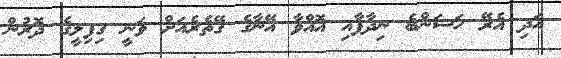
އަދި އެރޭ ހަސަންބެ ނިދާފާއި އޮއްވާ އޭނާގެ ގޭތެރެއަށް ވަނީ ގިފިލީގެ ދޮރުން